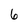
Character: 6